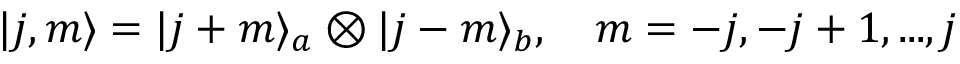
| j , m \rangle = | j + m \rangle _ { a } \otimes | j - m \rangle _ { b } , \ \ \ m = - j , - j + 1 , . . . , j